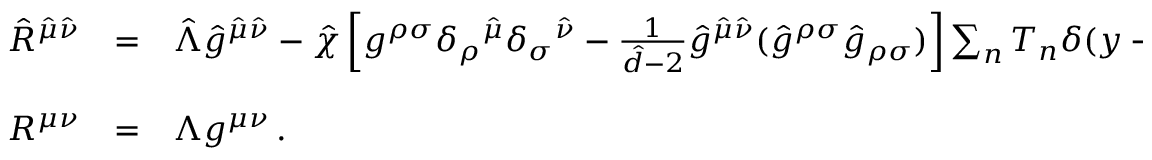
\begin{array} { r c l } { { \hat { R } ^ { \hat { \mu } \hat { \nu } } } } & { { = } } & { { \hat { \Lambda } \hat { g } ^ { \hat { \mu } \hat { \nu } } - \hat { \chi } \left[ g ^ { \rho \sigma } \delta _ { \rho } { } ^ { \hat { \mu } } \delta _ { \sigma } { } ^ { \hat { \nu } } - { \textstyle \frac { 1 } { \hat { d } - 2 } } \hat { g } ^ { \hat { \mu } \hat { \nu } } ( \hat { g } ^ { \rho \sigma } \hat { g } _ { \rho \sigma } ) \right] \sum _ { n } T _ { n } \delta ( y - y _ { n } ) \, , } } \\ { { } } & { { } } & { { } } \\ { { R ^ { \mu \nu } } } & { { = } } & { { \Lambda g ^ { \mu \nu } \, . } } \end{array}